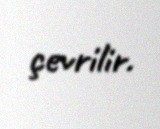
çevrilir.